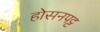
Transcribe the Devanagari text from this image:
होसनपट्ट